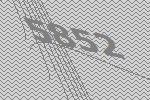
5852